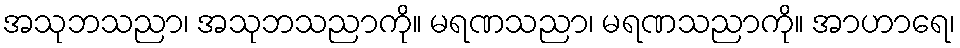
အသုဘသညာ၊ အသုဘသညာကို။ မရဏသညာ၊ မရဏသညာကို။ အာဟာရေ၊